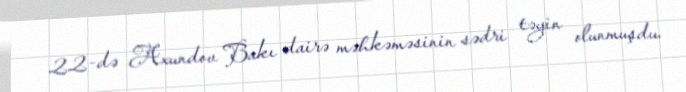
22-də Axundov Bakı dairə məhkəməsinin sədri təyin olunmuşdu.